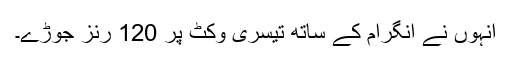
انہوں نے انگرام کے ساتھ تیسری وکٹ پر 120 رنز جوڑے۔